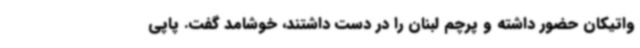
واتیکان حضور داشته و پرچم لبنان را در دست داشتند، خوشامد گفت. پاپی